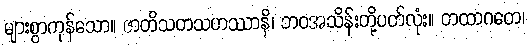
များစွာကုန်သော။ ဇာတိသတသဟဿာနိ၊ ဘဝအသိန်းတို့ပတ်လုံး။ တထာဂတေ၊